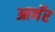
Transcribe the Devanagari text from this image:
आथॅर